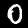
Digit: 0